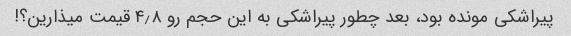
پیراشکی مونده بود، بعد چطور پیراشکی به این حجم رو ۴٫۸ قیمت میذارین؟!